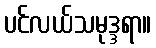
ပင်လယ်သမုဒ္ဒရာ။